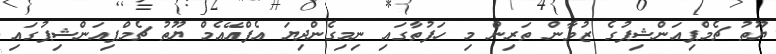
ޔޫތު ޗެމްޕިއަންޝިޕުގެ ޒުވާން ތަރިން މި ހަފުތާގައި ނިމިގެންދިޔަ އެފްއޭއެމް ޔޫތު ޗެމްޕިއަންޝިޕުގައި